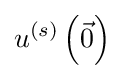
u^{(s)}\left({\vec {0}}\right)